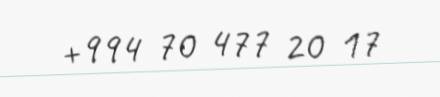
+994 70 477 20 17